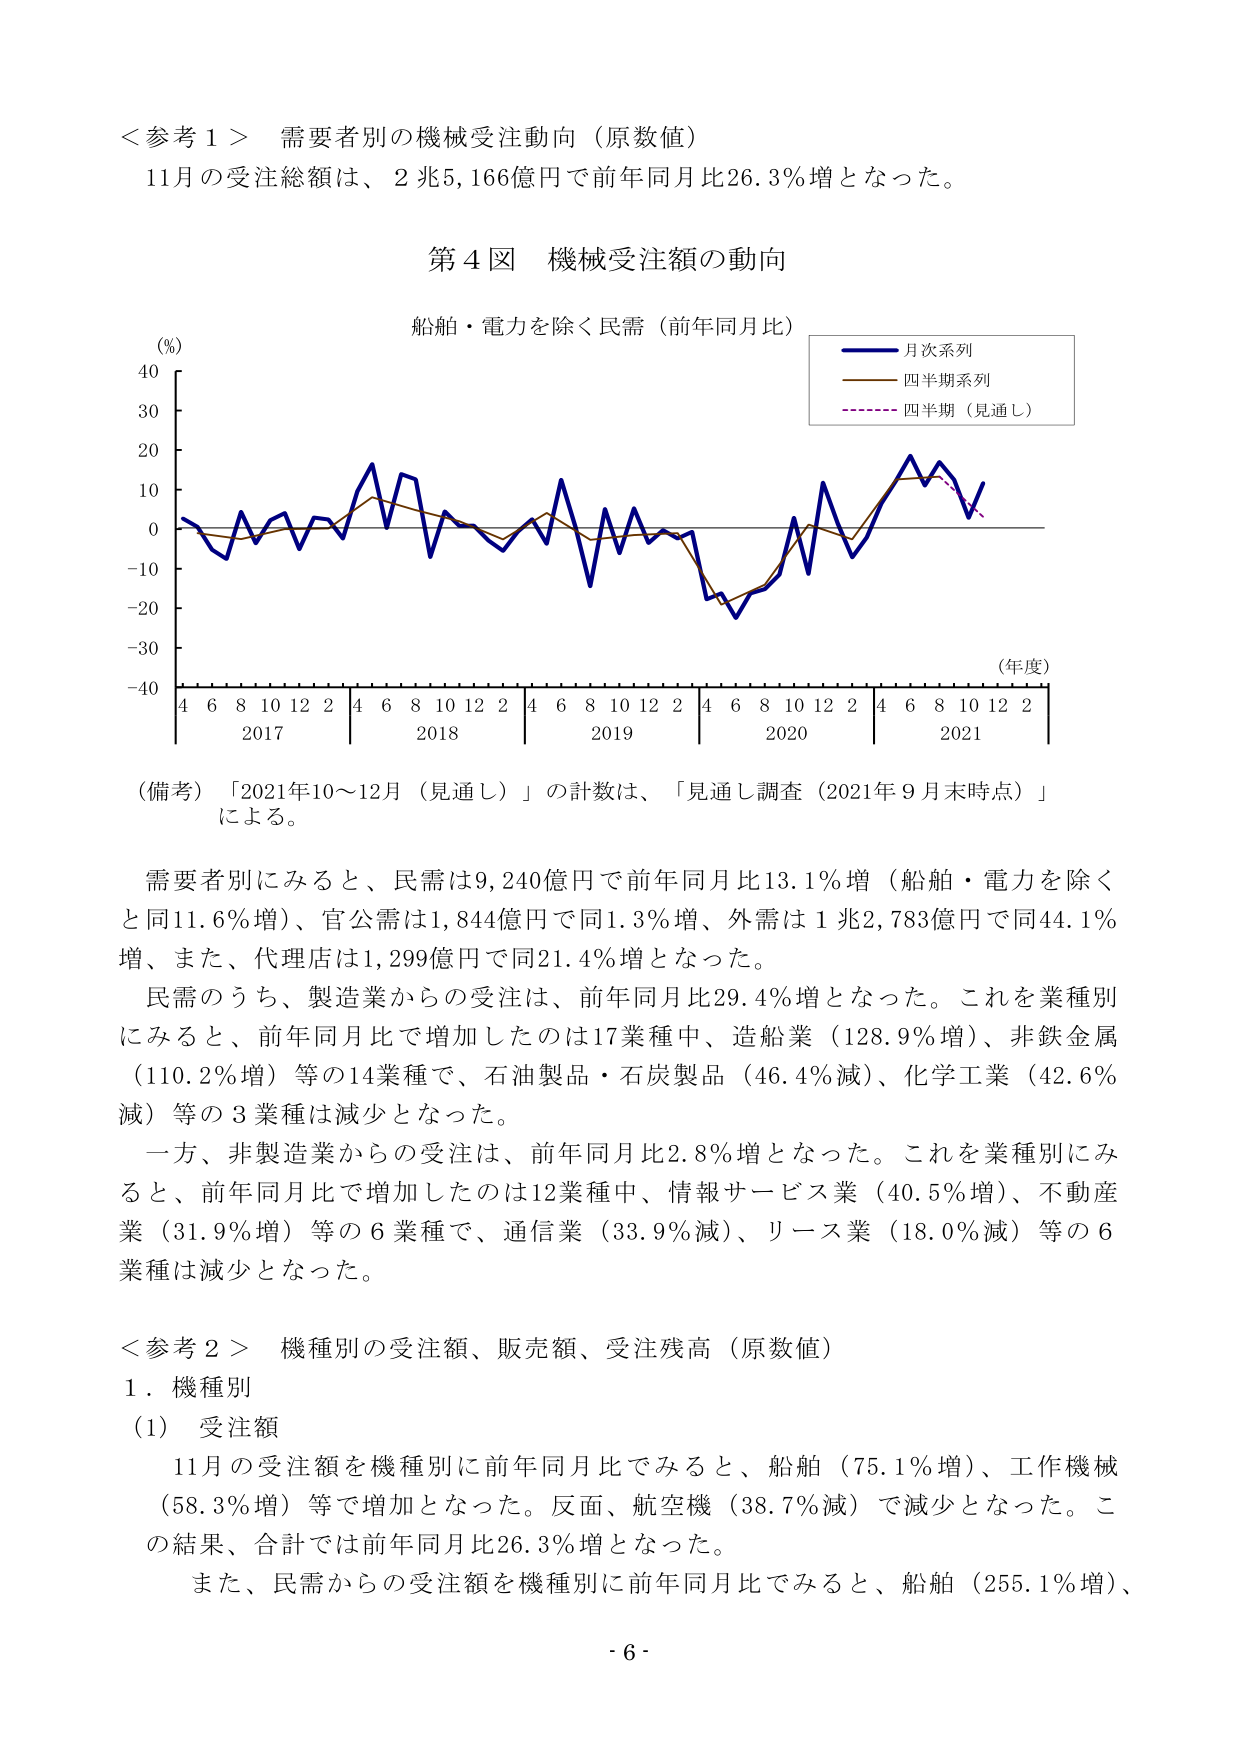
＜参考１＞ 需要者別の機械受注動向（原数値）
11月の受注総額は、2兆5,166億円で前年同月比26.3％増となった。

第４図 機械受注額の動向
船舶・電力を除く民需（前年同月比）
（％）
40
30
20
10
0
-10
-20
-30
-40
（年度）
4 6 8 10 12 2 4 6 8 10 12 2 4 6 8 10 12 2 4 6 8 10 12 2 4 6 8 10 12 2
2017 2018 2019 2020 2021
月次系列
四半期系列
四半期（見通し）

（備考）「2021年10～12月（見通し）」の計数は、「見通し調査（2021年９月末時点）」による。

需要者別にみると、民需は9,240億円で前年同月比13.1％増（船舶・電力を除くと同11.6％増）、官公需は1,844億円で同1.3％増、外需は1兆2,783億円で同44.1％増、また、代理店は1,299億円で同21.4％増となった。

民需のうち、製造業からの受注は、前年同月比29.4％増となった。これを業種別にみると、前年同月比で増加したのは17業種中、造船業（128.9％増）、非鉄金属（110.2％増）等の14業種で、石油製品・石炭製品（46.4％減）、化学工業（42.6％減）等の3業種は減少となった。

一方、非製造業からの受注は、前年同月比2.8％増となった。これを業種別にみると、前年同月比で増加したのは12業種中、情報サービス業（40.5％増）、不動産業（31.9％増）等の6業種で、通信業（33.9％減）、リース業（18.0％減）等の6業種は減少となった。

＜参考２＞ 機種別の受注額、販売額、受注残高（原数値）
１．機種別
（1） 受注額
11月の受注額を機種別に前年同月比でみると、船舶（75.1％増）、工作機械（58.3％増）等で増加となった。反面、航空機（38.7％減）で減少となった。この結果、合計では前年同月比26.3％増となった。
また、民需からの受注額を機種別に前年同月比でみると、船舶（255.1％増）、

- 6 -